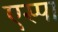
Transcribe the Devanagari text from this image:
एस्पा